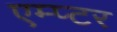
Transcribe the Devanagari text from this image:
एम्प्टर